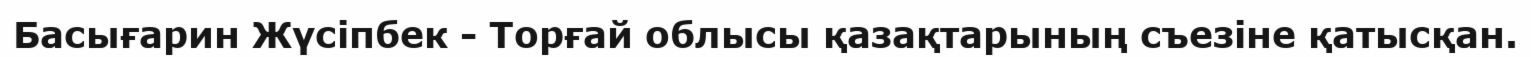
Басығарин Жүсіпбек - Торғай облысы қазақтарының съезіне қатысқан.